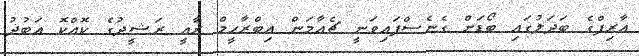
އާރިފްގެ ބަދަލުގައި ބޯޑަށް ގެނެސްފައިވަނީ ޗެއާމަން އިބްރާހީމް ރާއީ ރަޝީދުގެ ކޮއްކޮ އަބުދު